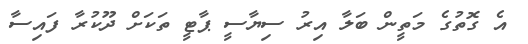
އެ ގޮތުގެ މަތީން ބަލާ އިރު ސިޔާސީ ޕާޓީ ތަކަށް ދޫކުރާ ފައިސާ